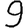
Digit: 9